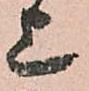
上